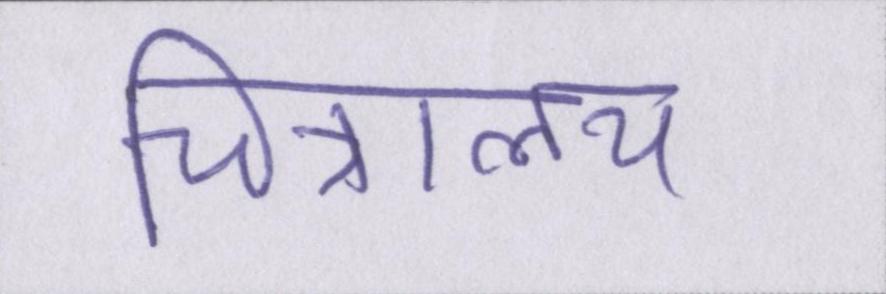
चित्रालय